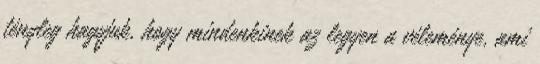
tényleg hagyjuk, hogy mindenkinek az legyen a véleménye, ami